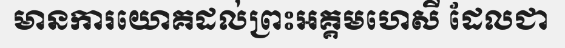
មានការយោគដល់ព្រះអគ្គមហេសី ដែលជា